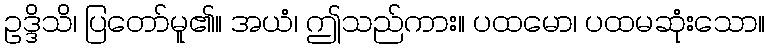
ဥဒ္ဒိသိ၊ ပြတော်မူ၏။ အယံ၊ ဤသည်ကား။ ပထမော၊ ပထမဆုံးသော။